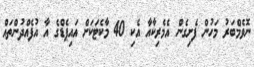
ނޮވެމްބަރު މަހުން ފެށިގެން އެމެރިކާއާ އެކި 40 މާކެޓަކަށް އައިޕެޑްގެ އާ އުފެއްދުންތައް